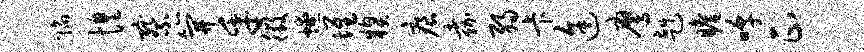
陷惶察笄乎徵燎堆糗痕嘉弱卡途鹰赳瞻嗥正